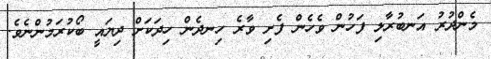
މެންދުރު އަނބުރާލި ފަހުން ވެހެން ފެށި ވާރެ ހިނދެން ހިދަކަށް ދިޔައީ ބޯކުރަމުންނެވެ.